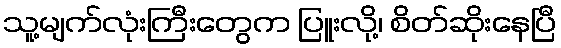
သူ့မျက်လုံးကြီးတွေက ပြူးလို့၊ စိတ်ဆိုးနေပြီ